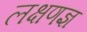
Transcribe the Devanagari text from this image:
लक्षणज्ञ